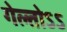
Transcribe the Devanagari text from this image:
गेल्तोऽऽ